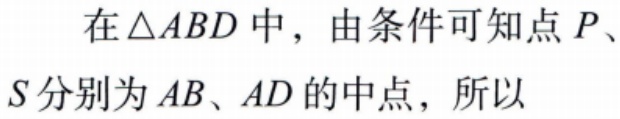
在\(\triangle ABD\)中，由条件可知点\(P\)、\(S\)分别为\(AB\)、\(AD\)的中点，所以